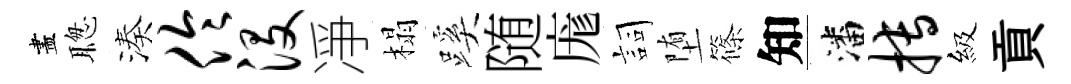
盡聦湊伶没凈榻蹊随庬詞堕篠知潘搏級貢